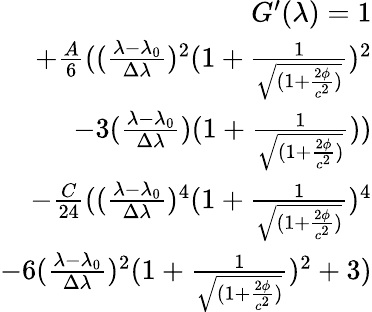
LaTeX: \begin{array}{r}{G^{\prime}(\lambda)=1}\\ {+\frac{A}{6}((\frac{\lambda-\lambda_{0}}{\Delta\lambda})^{2}(1+\frac{1}{\sqrt{(1+\frac{2\phi}{c^{2}})}})^{2}}\\ {-3(\frac{\lambda-\lambda_{0}}{\Delta\lambda})(1+\frac{1}{\sqrt{(1+\frac{2\phi}{c^{2}})}}))}\\ {-\frac{C}{24}((\frac{\lambda-\lambda_{0}}{\Delta\lambda})^{4}(1+\frac{1}{\sqrt{(1+\frac{2\phi}{c^{2}})}})^{4}}\\ {-6(\frac{\lambda-\lambda_{0}}{\Delta\lambda})^{2}(1+\frac{1}{\sqrt{(1+\frac{2\phi}{c^{2}})}})^{2}+3)}\end{array}